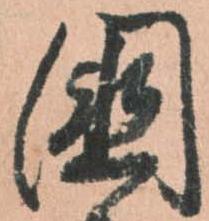
国